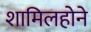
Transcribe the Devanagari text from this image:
शामिलहोने